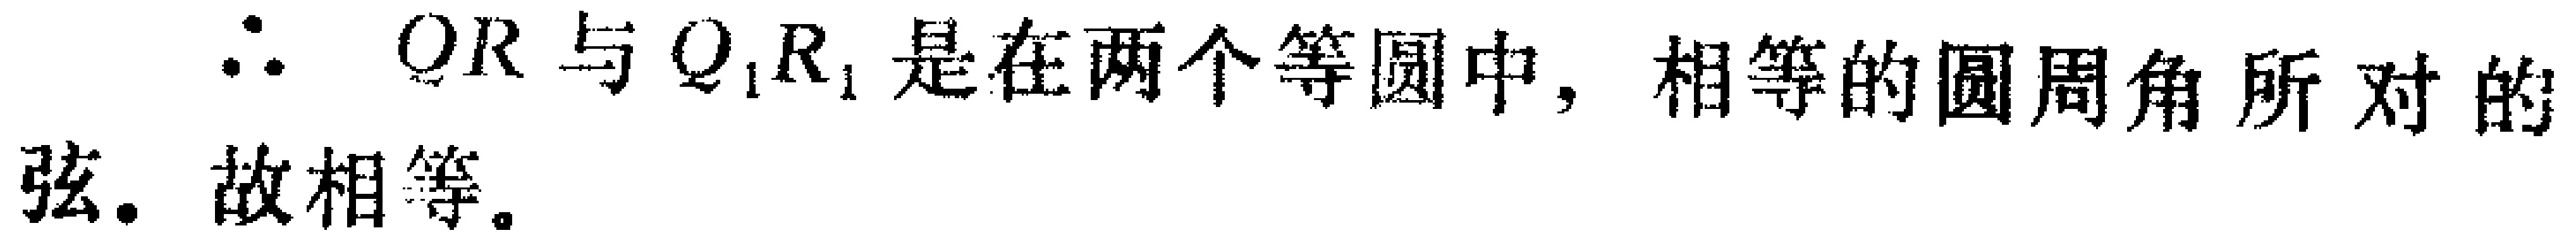
$\therefore QR$与$Q_{1}R_{1}$是在两个等圆中，相等的圆周角所对的弦. 故相等.